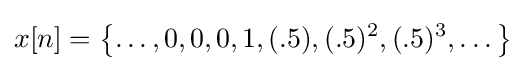
x[n]=\left\{\dots ,0,0,0,1,(.5),(.5)^{2},(.5)^{3},\dots \right\}